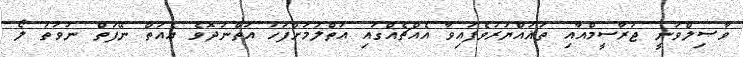
ވާޞިލްވަނީ ޖަރާސީމްއާއި ތަޣައްޔަރުވެފައިވާ އެއްޗެއްގައި އަތްލުމަށްފަހު އަތްނުދޮވެ އެއަތް ނޭފަތް ނުވަތަ ލޯ